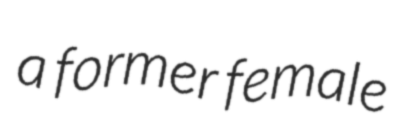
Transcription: a former female